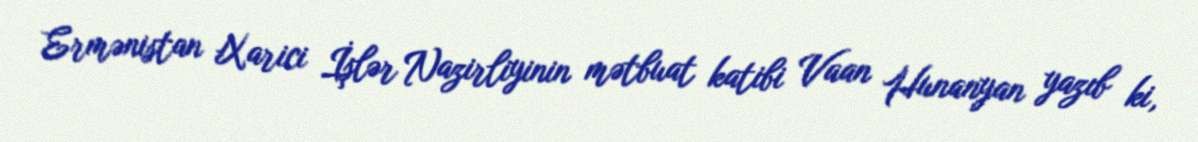
Ermənistan Xarici İşlər Nazirliyinin mətbuat katibi Vaan Hunanyan yazıb ki,